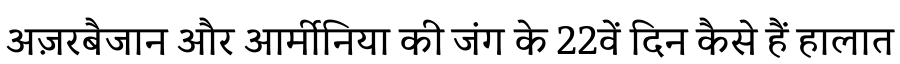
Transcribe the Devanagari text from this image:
अज़रबैजान और आर्मीनिया की जंग के 22वें दिन कैसे हैं हालात